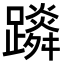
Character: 𨆴